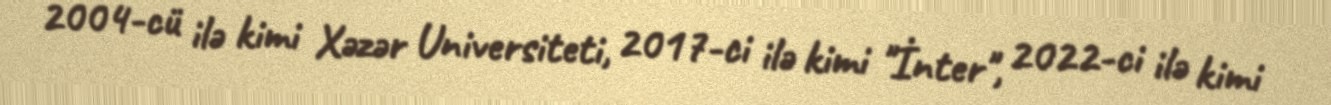
2004-cü ilə kimi Xəzər Universiteti, 2017-ci ilə kimi "İnter", 2022-ci ilə kimi